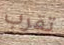
تقرب